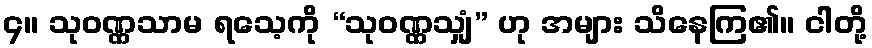
၄။ သုဝဏ္ဏသာမ ရသေ့ကို “သုဝဏ္ဏသျှံ” ဟု အများ သိနေကြ၏။ ငါတို့